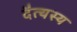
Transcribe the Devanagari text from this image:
दैत्यस्य